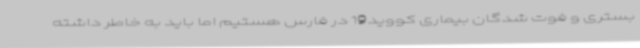
بستری و فوت شدگان بیماری کووید19 در فارس هستیم اما باید به خاطر داشته